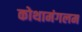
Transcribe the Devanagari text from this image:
कोथामंगलम